Civil Veterinary Department Bengal reports 1923-33 - 1923-1933
Year: 1923
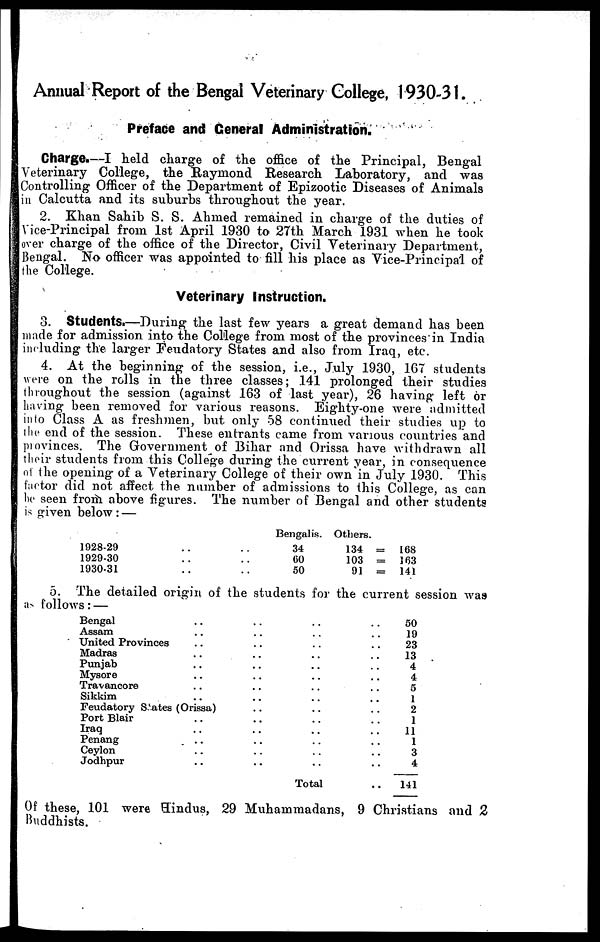
Annual Report of the Bengal Veterinary College, 1930-31.
Preface and General Administration.
Charge.—I held charge of the office of the Principal, Bengal
Veterinary College, the Raymond Research Laboratory, and was
Controlling Officer of the Department of Epizootic Diseases of Animals
in Calcutta and its suburbs throughout the year.
2. Khan Sahib S. S. Ahmed remained in charge of the duties of
Vice-Principal from 1st April 1930 to 27th March 1931 when he took
over charge of the office of the Director, Civil Veterinary Department,
Bengal. No officer was appointed to fill his place as Vice-Principal of
the College.
Veterinary Instruction.
3. Students.—During the last few years a great demand has been
made for admission into the College from most of the provinces in India
including the larger Feudatory States and also from Iraq, etc.
4. At the beginning of the session, i.e., July 1930, 167 students
were on the rolls in the three classes; 141 prolonged their studies
throughout the session (against 163 of last year), 26 having left or
having been removed for various reasons. Eighty-one were admitted
into Class A as freshmen, but only 58 continued their studies up to
the end of the session. These entrants came from various countries and
provinces. The Government of Bihar and Orissa have withdrawn all
their students from this College during the current year, in consequence
of the opening of a Veterinary College of their own in July 1930. This
factor did not affect the number of admissions to this College, as can
he seen from above figures. The number of Bengal and other students
is given below : —
1928-29 .. ..
1929-30 .. ..
1930-31 .. ..
Bengalis.
34
60
50
Others.
134 =
168
103 =
163
91 =
141
5. The detailed origin of the students for the current session was
a follows: —
Bengal .. .. .. ..
Assam .. .. .. ..
United Provinces .. .. .. ..
Madras .. .. .. ..
Punjab .. .. .. ..
Mysore .. .. .. ..
Travancore .. .. .. ..
Sikkim .. .. .. ..
Feudatory States (Orissa) .. .. ..
Port Blair .. .. .. ..
Iraq .. .. .. ..
Penang .. .. .. ..
Ceylon .. .. .. ..
Jodhpur .. .. .. ..
Total ..
50
19
23
13
4
4
5
1
2
1
11
1
3
4
141
Of these, 101 were Hindus, 29 Muhammadans, 9 Christians and 2
Buddhists.